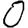
Digit: 0